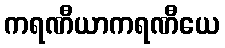
ကရဏီယာကရဏီယေ